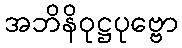
အဘိနိဝုဋ္ဌပုဗ္ဗော